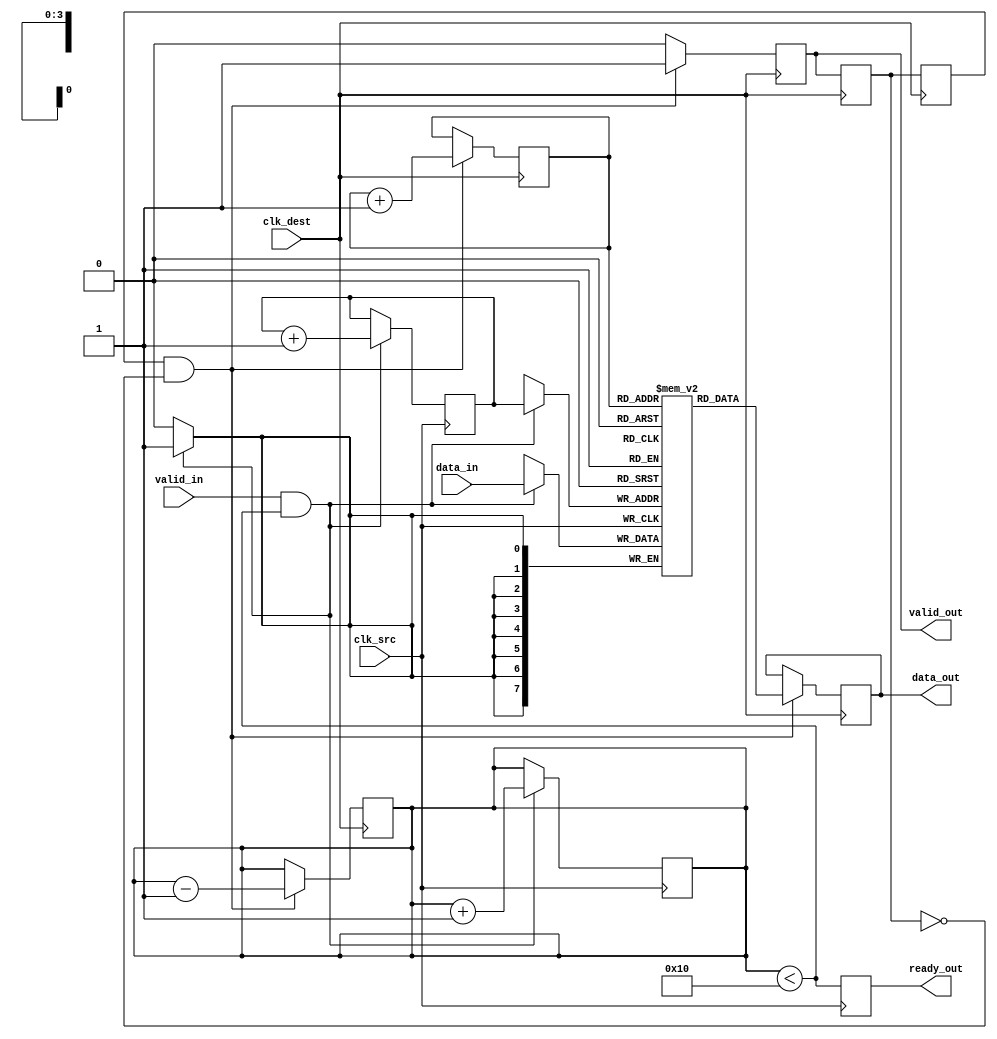
module burst_mode_synchronizer #(
    parameter DATA_WIDTH = 8,
    parameter FIFO_DEPTH = 16
)(
    input wire clk_src,              // Source clock
    input wire clk_dest,             // Destination clock
    input wire [DATA_WIDTH-1:0] data_in, // Data input from source clock domain
    input wire valid_in,             // Valid signal from source clock domain
    output reg ready_out,            // Ready signal for source clock domain
    output reg [DATA_WIDTH-1:0] data_out, // Data output to destination clock domain
    output reg valid_out             // Valid signal for destination clock domain
);

    // FIFO buffer to hold incoming data
    reg [DATA_WIDTH-1:0] fifo [0:FIFO_DEPTH-1];
    reg [3:0] write_ptr, read_ptr;   // Pointers for FIFO
    reg [3:0] fifo_count;             // Count of items in FIFO

    // Synchronization registers
    reg [DATA_WIDTH-1:0] sync_data;
    reg sync_valid;
    reg sync_valid_d1;

    // Handshaking signals
    reg ack_in;                       // Acknowledge signal from destination clock domain

    // Write data to FIFO on source clock
    always @(posedge clk_src) begin
        if (valid_in && (fifo_count < FIFO_DEPTH)) begin
            fifo[write_ptr] <= data_in;
            write_ptr <= write_ptr + 1;
            fifo_count <= fifo_count + 1;
        end
        ready_out <= (fifo_count < FIFO_DEPTH); // Indicate if FIFO is not full
    end

    // Synchronization logic
    always @(posedge clk_dest) begin
        // Synchronize valid signal
        sync_valid <= valid_out;
        sync_valid_d1 <= sync_valid;

        // Read data from FIFO if valid signal is asserted
        if (sync_valid_d1 && !sync_valid) begin
            data_out <= fifo[read_ptr];
            read_ptr <= read_ptr + 1;
            fifo_count <= fifo_count - 1;
            valid_out <= 1'b1; // Assert valid output
        end else begin
            valid_out <= 1'b0; // Deassert valid output
        end
    end

    // Acknowledge logic (optional, can be used for flow control)
    always @(posedge clk_dest) begin
        if (valid_out) begin
            ack_in <= 1'b1; // Acknowledge data received
        end else begin
            ack_in <= 1'b0; // No data to acknowledge
        end
    end

endmodule